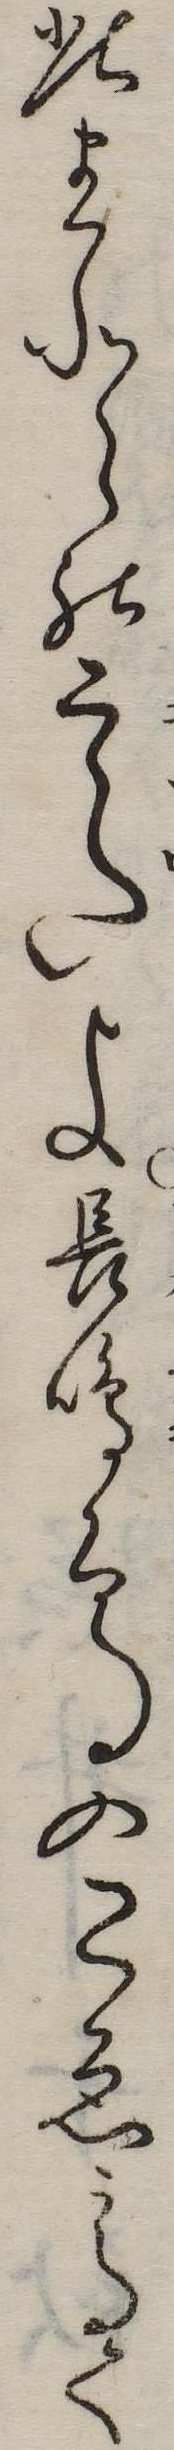
此まことの意よ長鳴鳥のこゑ高く